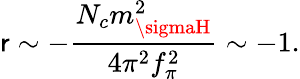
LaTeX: \mathsf{r}\sim-\frac{{N_{c}m_{\sigmaH}^{2}}}{{4\pi^{2}f_{\pi}^{2}}}\sim-1.